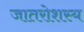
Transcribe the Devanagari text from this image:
जातरोशस्य